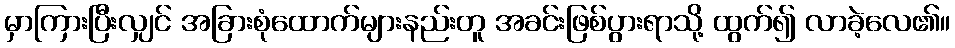
မှာကြားပြီးလျှင် အခြားစုံထောက်များနည်းတူ အခင်းဖြစ်ပွားရာသို့ ထွက်၍ လာခဲ့လေ၏။